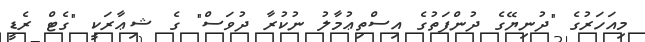
މިއަހަރުގެ "ދުނިޔޭގެ ދުންފަތުގެ އިސްތިޢުމާލު ނުކުރާ ދުވަސް" ގެ ޝިޢާރަކީ "ގެޓް ރެޑީ